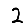
Digit: 2